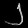
Digit: ၂